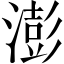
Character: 澎